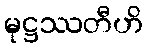
မုဋ္ဌဿတီဟိ